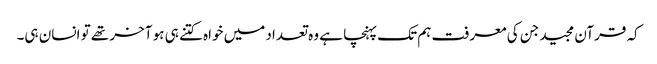
کہ قرآن مجید جن کی معرفت ہم تک پہنچا ہے وہ تعداد میں خواہ کتنے ہی ہو آخر تھے تو انسان ہی۔